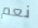
نعم